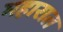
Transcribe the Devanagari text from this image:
महारात